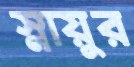
স্নায়ুর